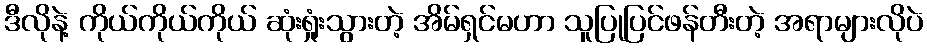
ဒီလိုနဲ့ ကိုယ်ကိုယ်ကိုယ် ဆုံးရှုံးသွားတဲ့ အိမ်ရှင်မဟာ သူပြုပြင်ဖန်တီးတဲ့ အရာများလိုပဲ